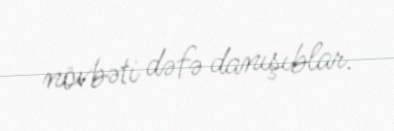
növbəti dəfə danışıblar.